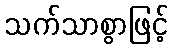
သက်သာစွာဖြင့်